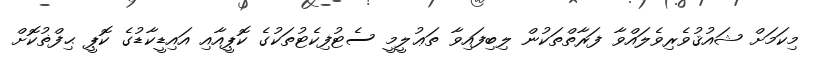
މިކަމަށް ޝައުޤުވެރިވެލައްވާ ފަރާތްތަކުން ލިބިފައިވާ ތަޢުލީމީ ސެޓުފިކެޓުތަކުގެ ކޮޕީއާއި އައިޑީކާޑުގެ ކޮޕީ ޙިފްޡުކޮށް